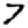
Digit: 7